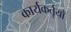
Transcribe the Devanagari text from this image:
कार्यकर्तृयों